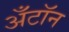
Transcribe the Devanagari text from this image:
अँटॉन